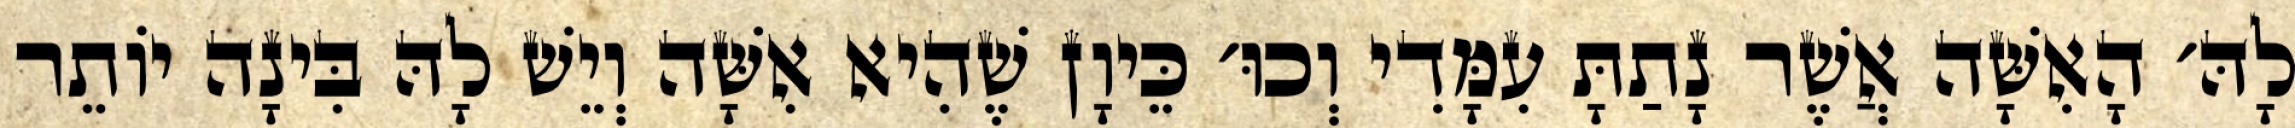
לָהּ׳ הָאִשָּׁה אֲשֶׁר נָתַתָּ עִמָּדִי וְכוּ׳ כֵּיוָן שֶׁהִיא אִשָּׁה וְיֵשׁ לָהּ בִּינָה יוֹתֵר